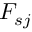
F _ { s j }